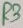
Text: R3